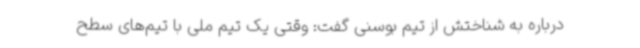
درباره به شناختش از تیم بوسنی گفت: وقتی یک تیم ملی با تیم‌های سطح